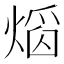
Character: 𤌵